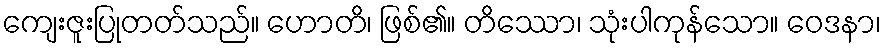
ကျေးဇူးပြုတတ်သည်။ ဟောတိ၊ ဖြစ်၏။ တိဿော၊ သုံးပါကုန်သော။ ဝေဒနာ၊